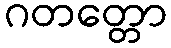
ဂတတ္တော